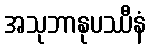
အသုဘာနုပဿီနံ